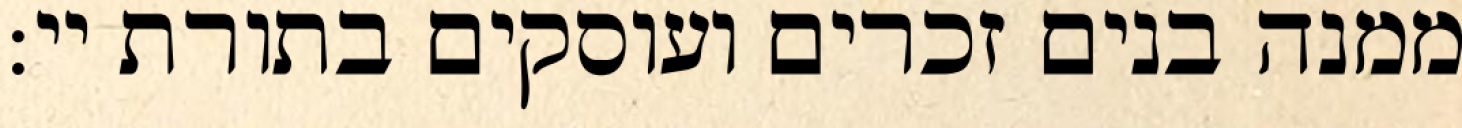
ממנה בנים זכרים ועוסקים בתורת יי: